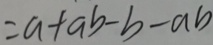
= a + a b - b - a b